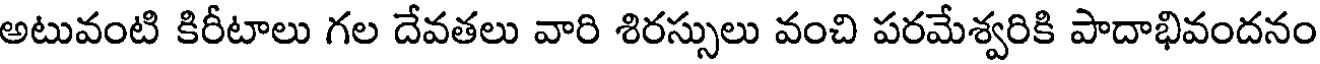
అటువంటి కిరీటాలు గల దేవతలు వారి శిరస్సులు వంచి పరమేశ్వరికి పాదాభివందనం